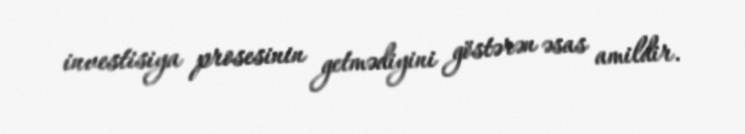
investisiya prosesinin getmədiyini göstərən əsas amildir.